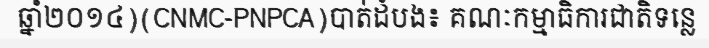
ឆ្នាំ២០១៤)(CNMC-PNPCA)បាត់ដំបង៖ គណៈកម្មាធិការជាតិទន្លេ